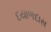
દયાળદાસ